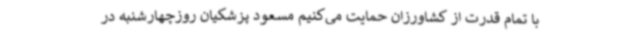
با تمام قدرت از کشاورزان حمایت می‌کنیم مسعود پزشکیان روزچهارشنبه در